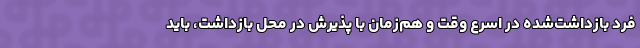
فرد بازداشت‌شده در اسرع وقت و هم‌زمان با پذیرش در محل بازداشت، باید